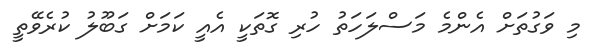
މި ވަގުތަށް އެންމެ މަސްލަހަތު ހުރި ގޮތަކީ އެއީ ކަމަށް ގަބޫލު ކުރެވޭތީ